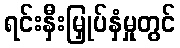
ရင်းနှီးမြှုပ်နှံမှုတွင်